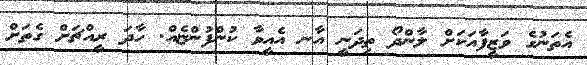
އެތަނުގެ ވަޒީފާއަކަށް ލާންދޯ ތިދަނީ އާނ އެއީވާ ކުންފުންޏެއް. ހާދަ ރީއްޗަށް ގެތަށް